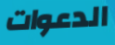
الدعوات